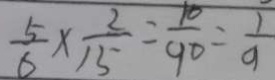
\frac { 5 } { 6 } \times \frac { 2 } { 1 5 } = \frac { 1 0 } { 9 0 } = \frac { 1 } { 9 }